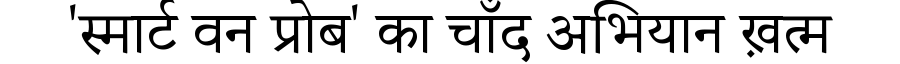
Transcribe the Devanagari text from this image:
'स्मार्ट वन प्रोब' का चाँद अभियान ख़त्म